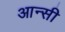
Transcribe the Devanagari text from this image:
आन्सी